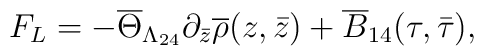
F_{L}=-\overline{\Theta}_{\Lambda_{24}}\partial_{\bar{z}}\overline{\rho}(z,\bar{z})+\overline{B}_{14}(\tau,\bar{\tau}),